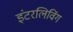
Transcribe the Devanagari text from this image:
इंटरलिविंग